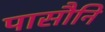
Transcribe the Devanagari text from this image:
पासौनि